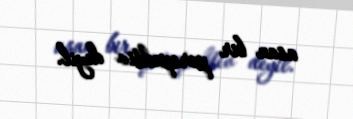
asan bir perspektiv deyil.